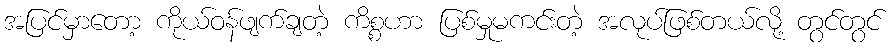
အပြင်မှာတော့ ကိုယ်ဝန်ဖျက်ချတဲ့ ကိစ္စဟာ ပြစ်မှုမကင်းတဲ့ အလုပ်ဖြစ်တယ်လို့ တွင်တွင်